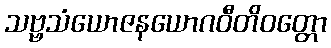
သဗ္ဗသံယောဇနယောဂဝီတိဝတ္တော